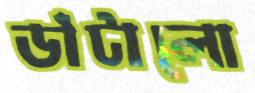
ডাঁটালো